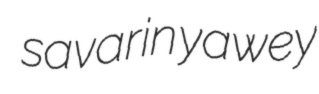
savarin yawey